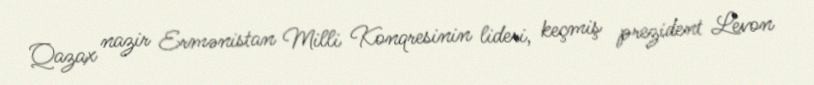
Qazax nazir Ermənistan Milli Konqresinin lideri, keçmiş prezident Levon